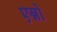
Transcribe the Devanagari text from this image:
एन्नो